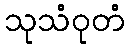
သုသံဝုတံ